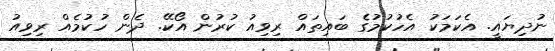
ނުދިޔައީ. އެކަމަކު އެހުކުމުގެ ބައިތައް ރިވިއު ކުރުން އޯކޭ. ދެން ހުކުމެއް ރިވިއު